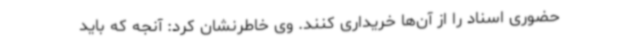
حضوری اسناد را از آن‌ها خریداری کنند. وی خاطرنشان کرد: آنجه که باید